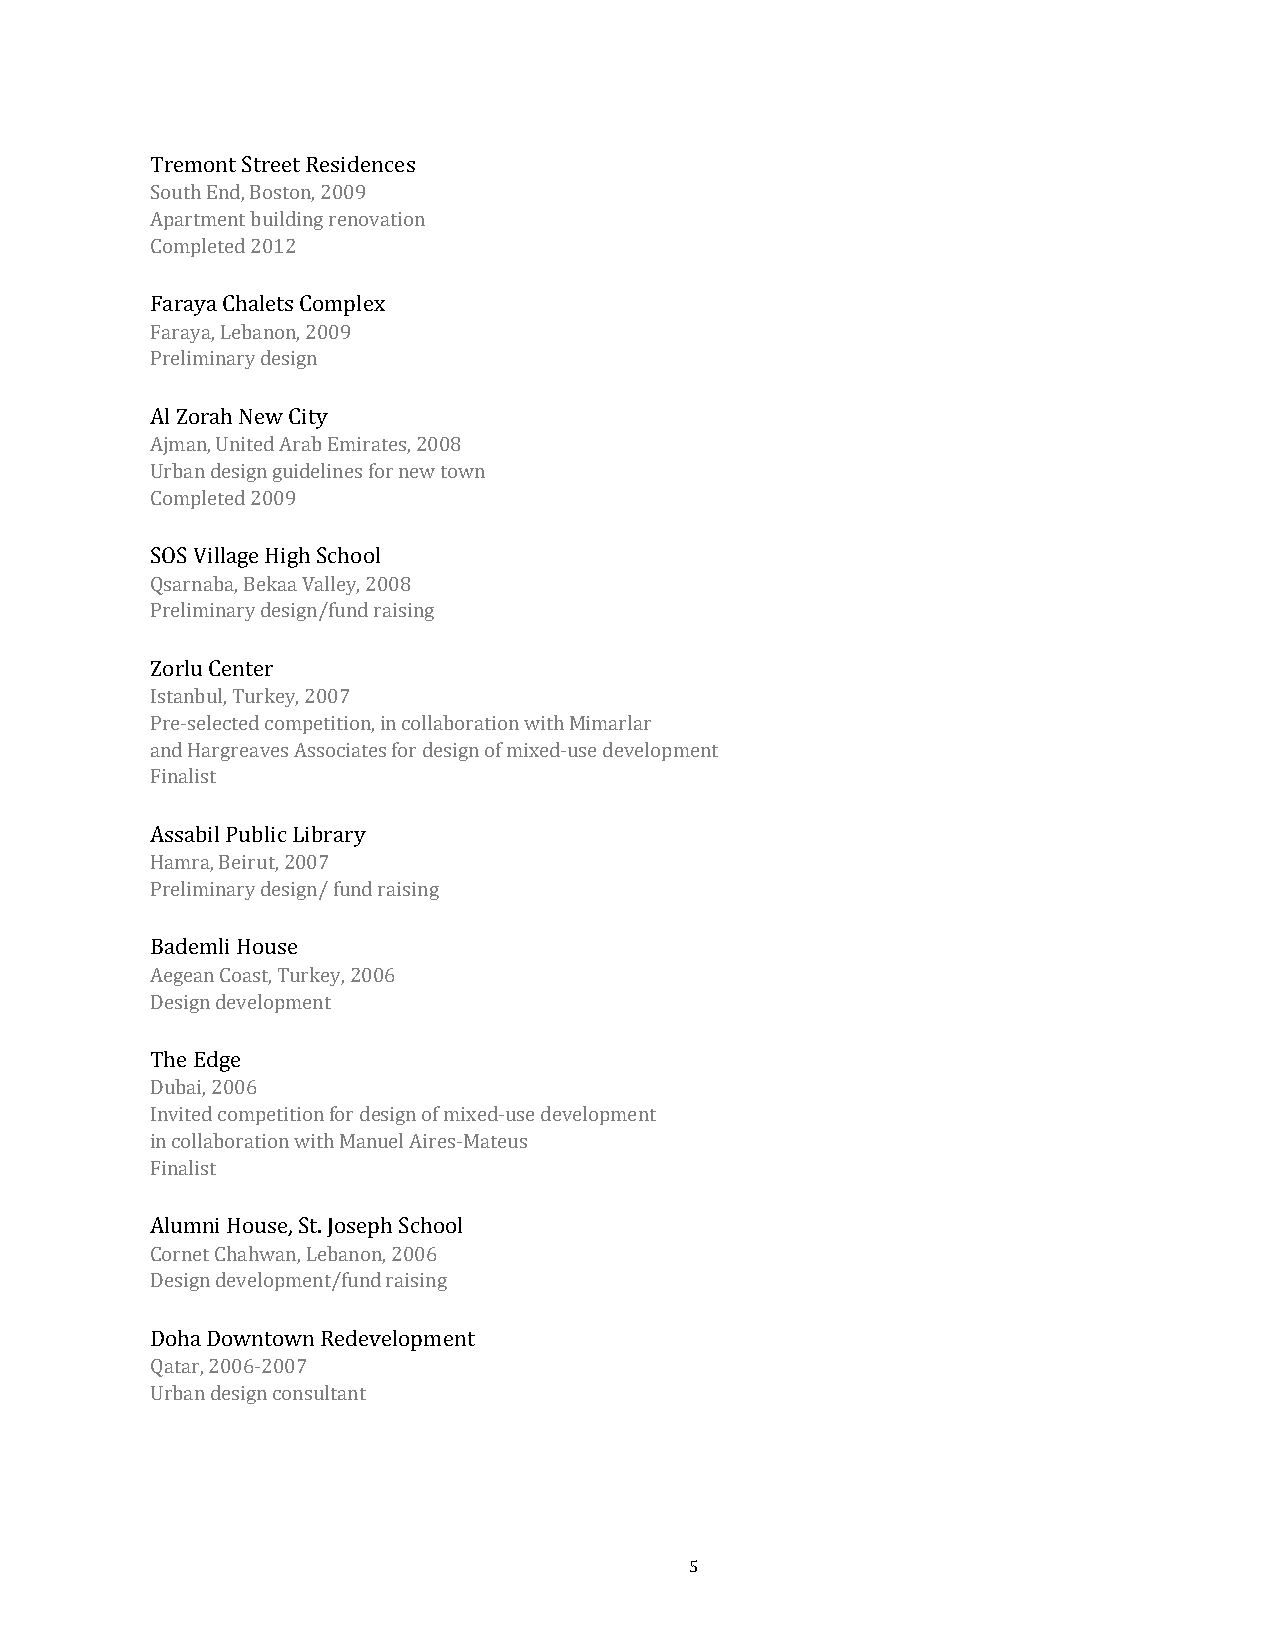
Tremont Street Residences
 South End, Boston, 2009
 Apartment building renovation
 Completed 2012
 Faraya Chalets Complex
 Faraya, Lebanon, 2009
 Preliminary design
 Al Zorah New City
 Ajman, United Arab Emirates, 2008
 Urban design guidelines for new town
 Completed 2009
 SOS Village High School
 Qsarnaba, Bekaa Valley, 2008
 Preliminary design/fund raising
 Zorlu Center
 Istanbul, Turkey, 2007
 Pre-selected competition, in collaboration with Mimarlar
 and Hargreaves Associates for design of mixed-use development
 Finalist
 Assabil Public Library
 Hamra, Beirut, 2007
 Preliminary design/ fund raising
 Bademli House
 Aegean Coast, Turkey, 2006
 Design development
 The Edge
 Dubai, 2006
 Invited competition for design of mixed-use development
 in collaboration with Manuel Aires-Mateus
 Finalist
 Alumni House, St. Joseph School
 Cornet Chahwan, Lebanon, 2006
 Design development/fund raising
 Doha Downtown Redevelopment
 Qatar, 2006-2007
 Urban design consultant
 5